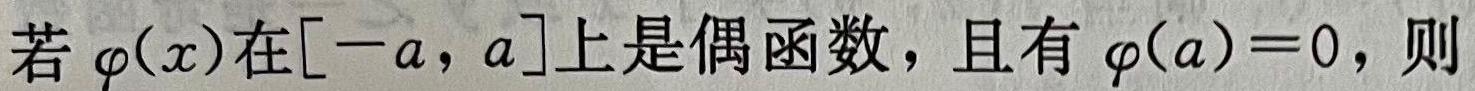
若$\varphi(x)$在$[-a,a]$上是偶函数，且有$\varphi(a)=0$，则